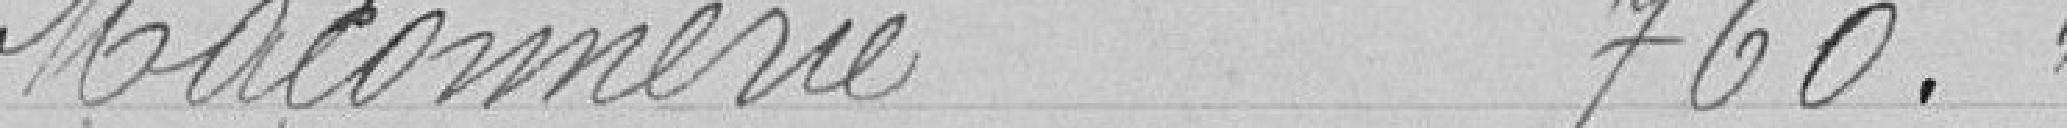
Maçonnerie : 760 francs